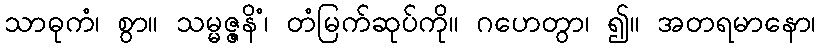
သာဓုကံ၊ စွာ။ သမ္မဇ္ဇနိံ၊ တံမြက်ဆုပ်ကို။ ဂဟေတွာ၊ ၍။ အတရမာနော၊